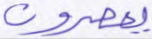
يعصرون